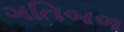
ગતિબળ